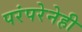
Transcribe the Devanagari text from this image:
परंपरेनेही